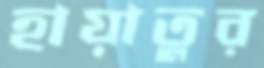
হায়াতুর